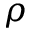
\rho